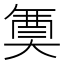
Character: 𭑟